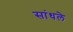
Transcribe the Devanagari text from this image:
सांधले